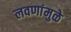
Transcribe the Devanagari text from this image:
लवणांमुळे